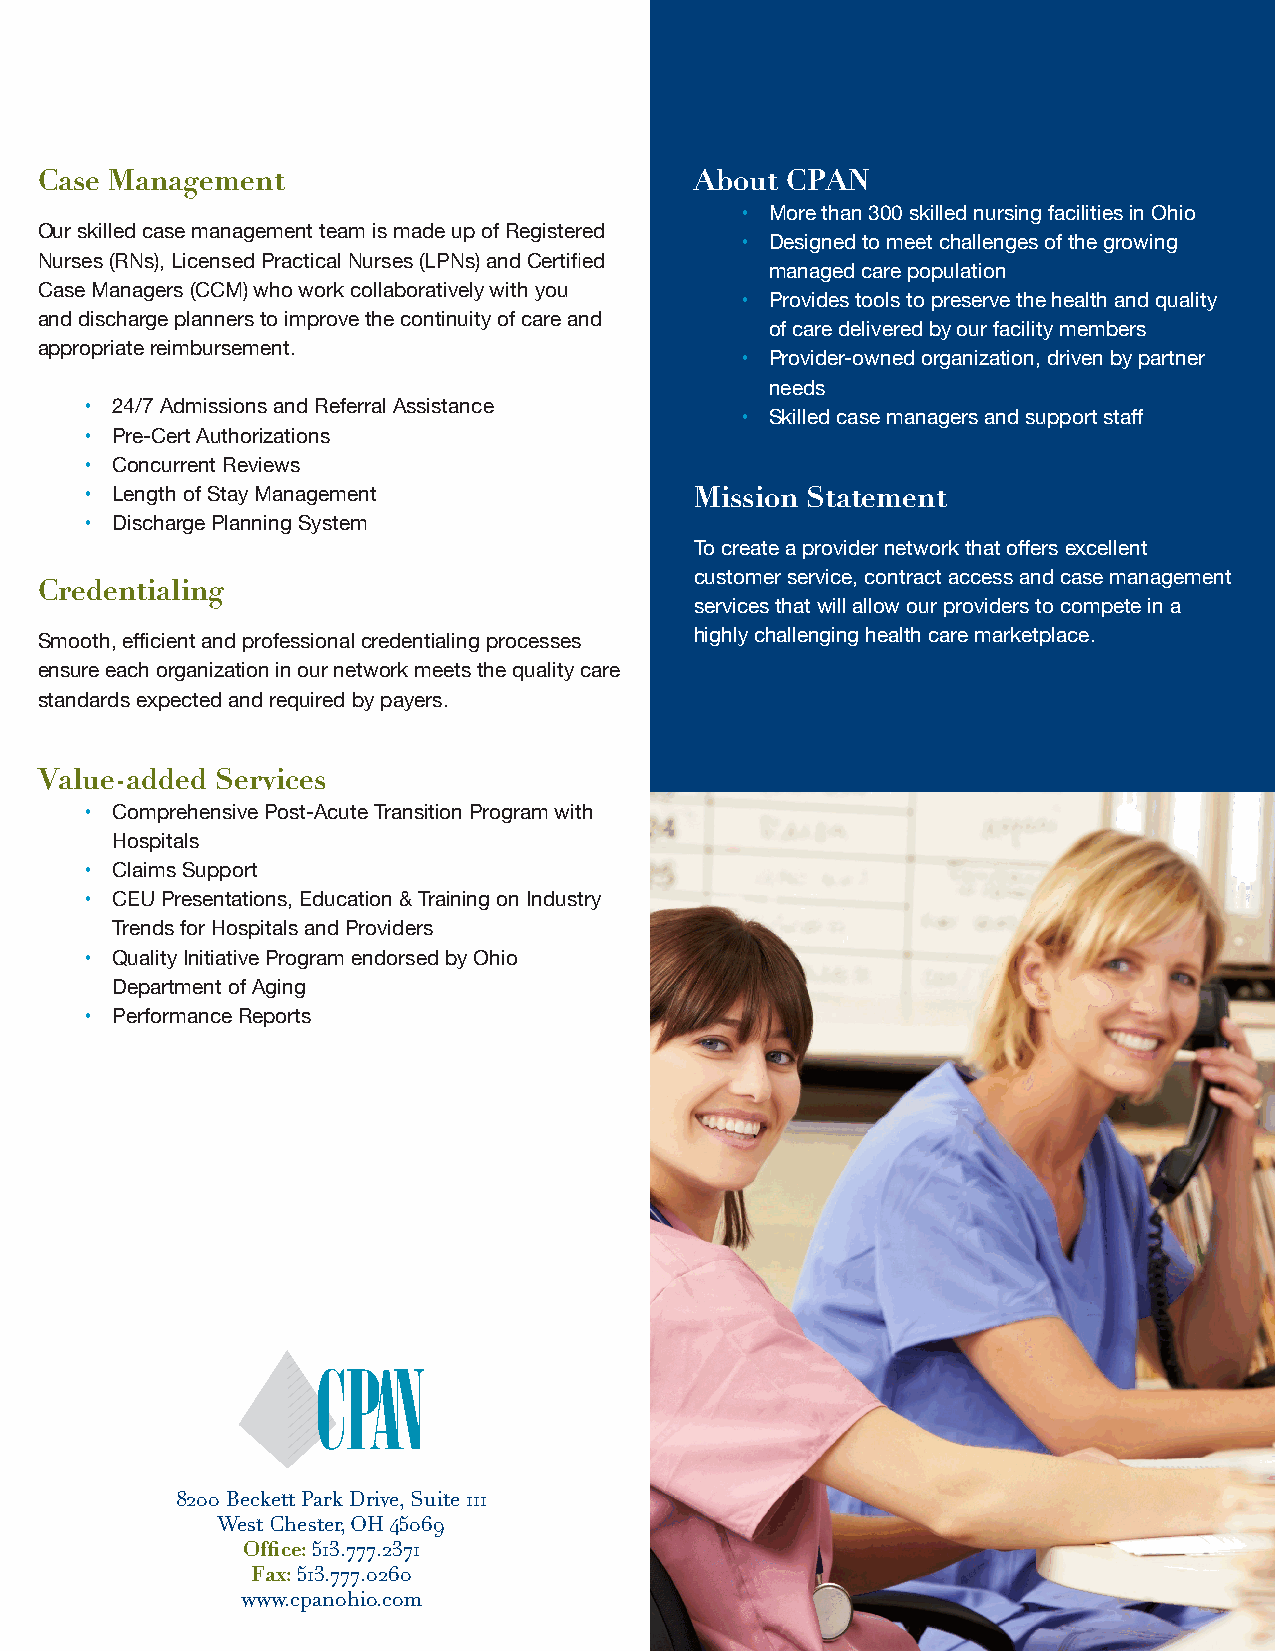
Case Management                             About CPAN
 • More than 300 skilled nursing facilities in Ohio
 Our skilled case management team is made up of Registered
 • Designed to meet challenges of the growing
 Nurses (RNs), Licensed Practical Nurses (LPNs) and Certified
 managed care population
 Case Managers (CCM) who work collaboratively with you
 • Provides tools to preserve the health and quality
 and discharge planners to improve the continuity of care and
 of care delivered by our facility members
 appropriate reimbursement.
 • Provider-owned organization, driven by partner
 needs
 • 24/7 Admissions and Referral Assistance
 • Skilled case managers and support staff
 • Pre-Cert Authorizations
 • Concurrent Reviews
 • Length of Stay Management             Mission Statement
 • Discharge Planning System
 To create a provider network that offers excellent
 customer service, contract access and case management
 Credentialing
 services that will allow our providers to compete in a
 Smooth, efficient and professional credentialing processes highly challenging health care marketplace.
 ensure each organization in our network meets the quality care
 standards expected and required by payers.
 Value-added Services
 • Comprehensive Post-Acute Transition Program with
 Hospitals
 • Claims Support
 • CEU Presentations, Education & Training on Industry
 Trends for Hospitals and Providers
 • Quality Initiative Program endorsed by Ohio
 Department of Aging
 • Performance Reports
 8200 Beckett Park Drive, Suite 111
 West Chester, OH 45069
 Office: 513.777.2371
 Fax: 513.777.0260
 www.cpanohio.com